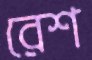
রেশ